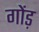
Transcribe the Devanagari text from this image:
गोंड़